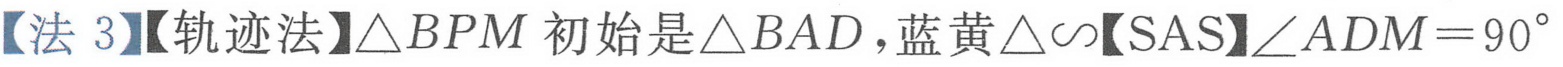
【法 3】【轨迹法】\(\triangle BPM\) 初始是\(\triangle BAD\)，蓝黄\(\triangle\sim\)【SAS】\(\angle ADM = 90^{\circ}\)